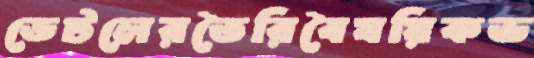
ডেটলেরতৈরিবৈষয়িকভ